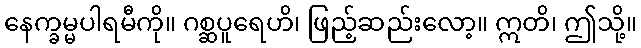
နေက္ခမ္မပါရမီကို။ ဂစ္ဆပူရေဟိ၊ ဖြည့်ဆည်းလော့။ ဣတိ၊ ဤသို့။